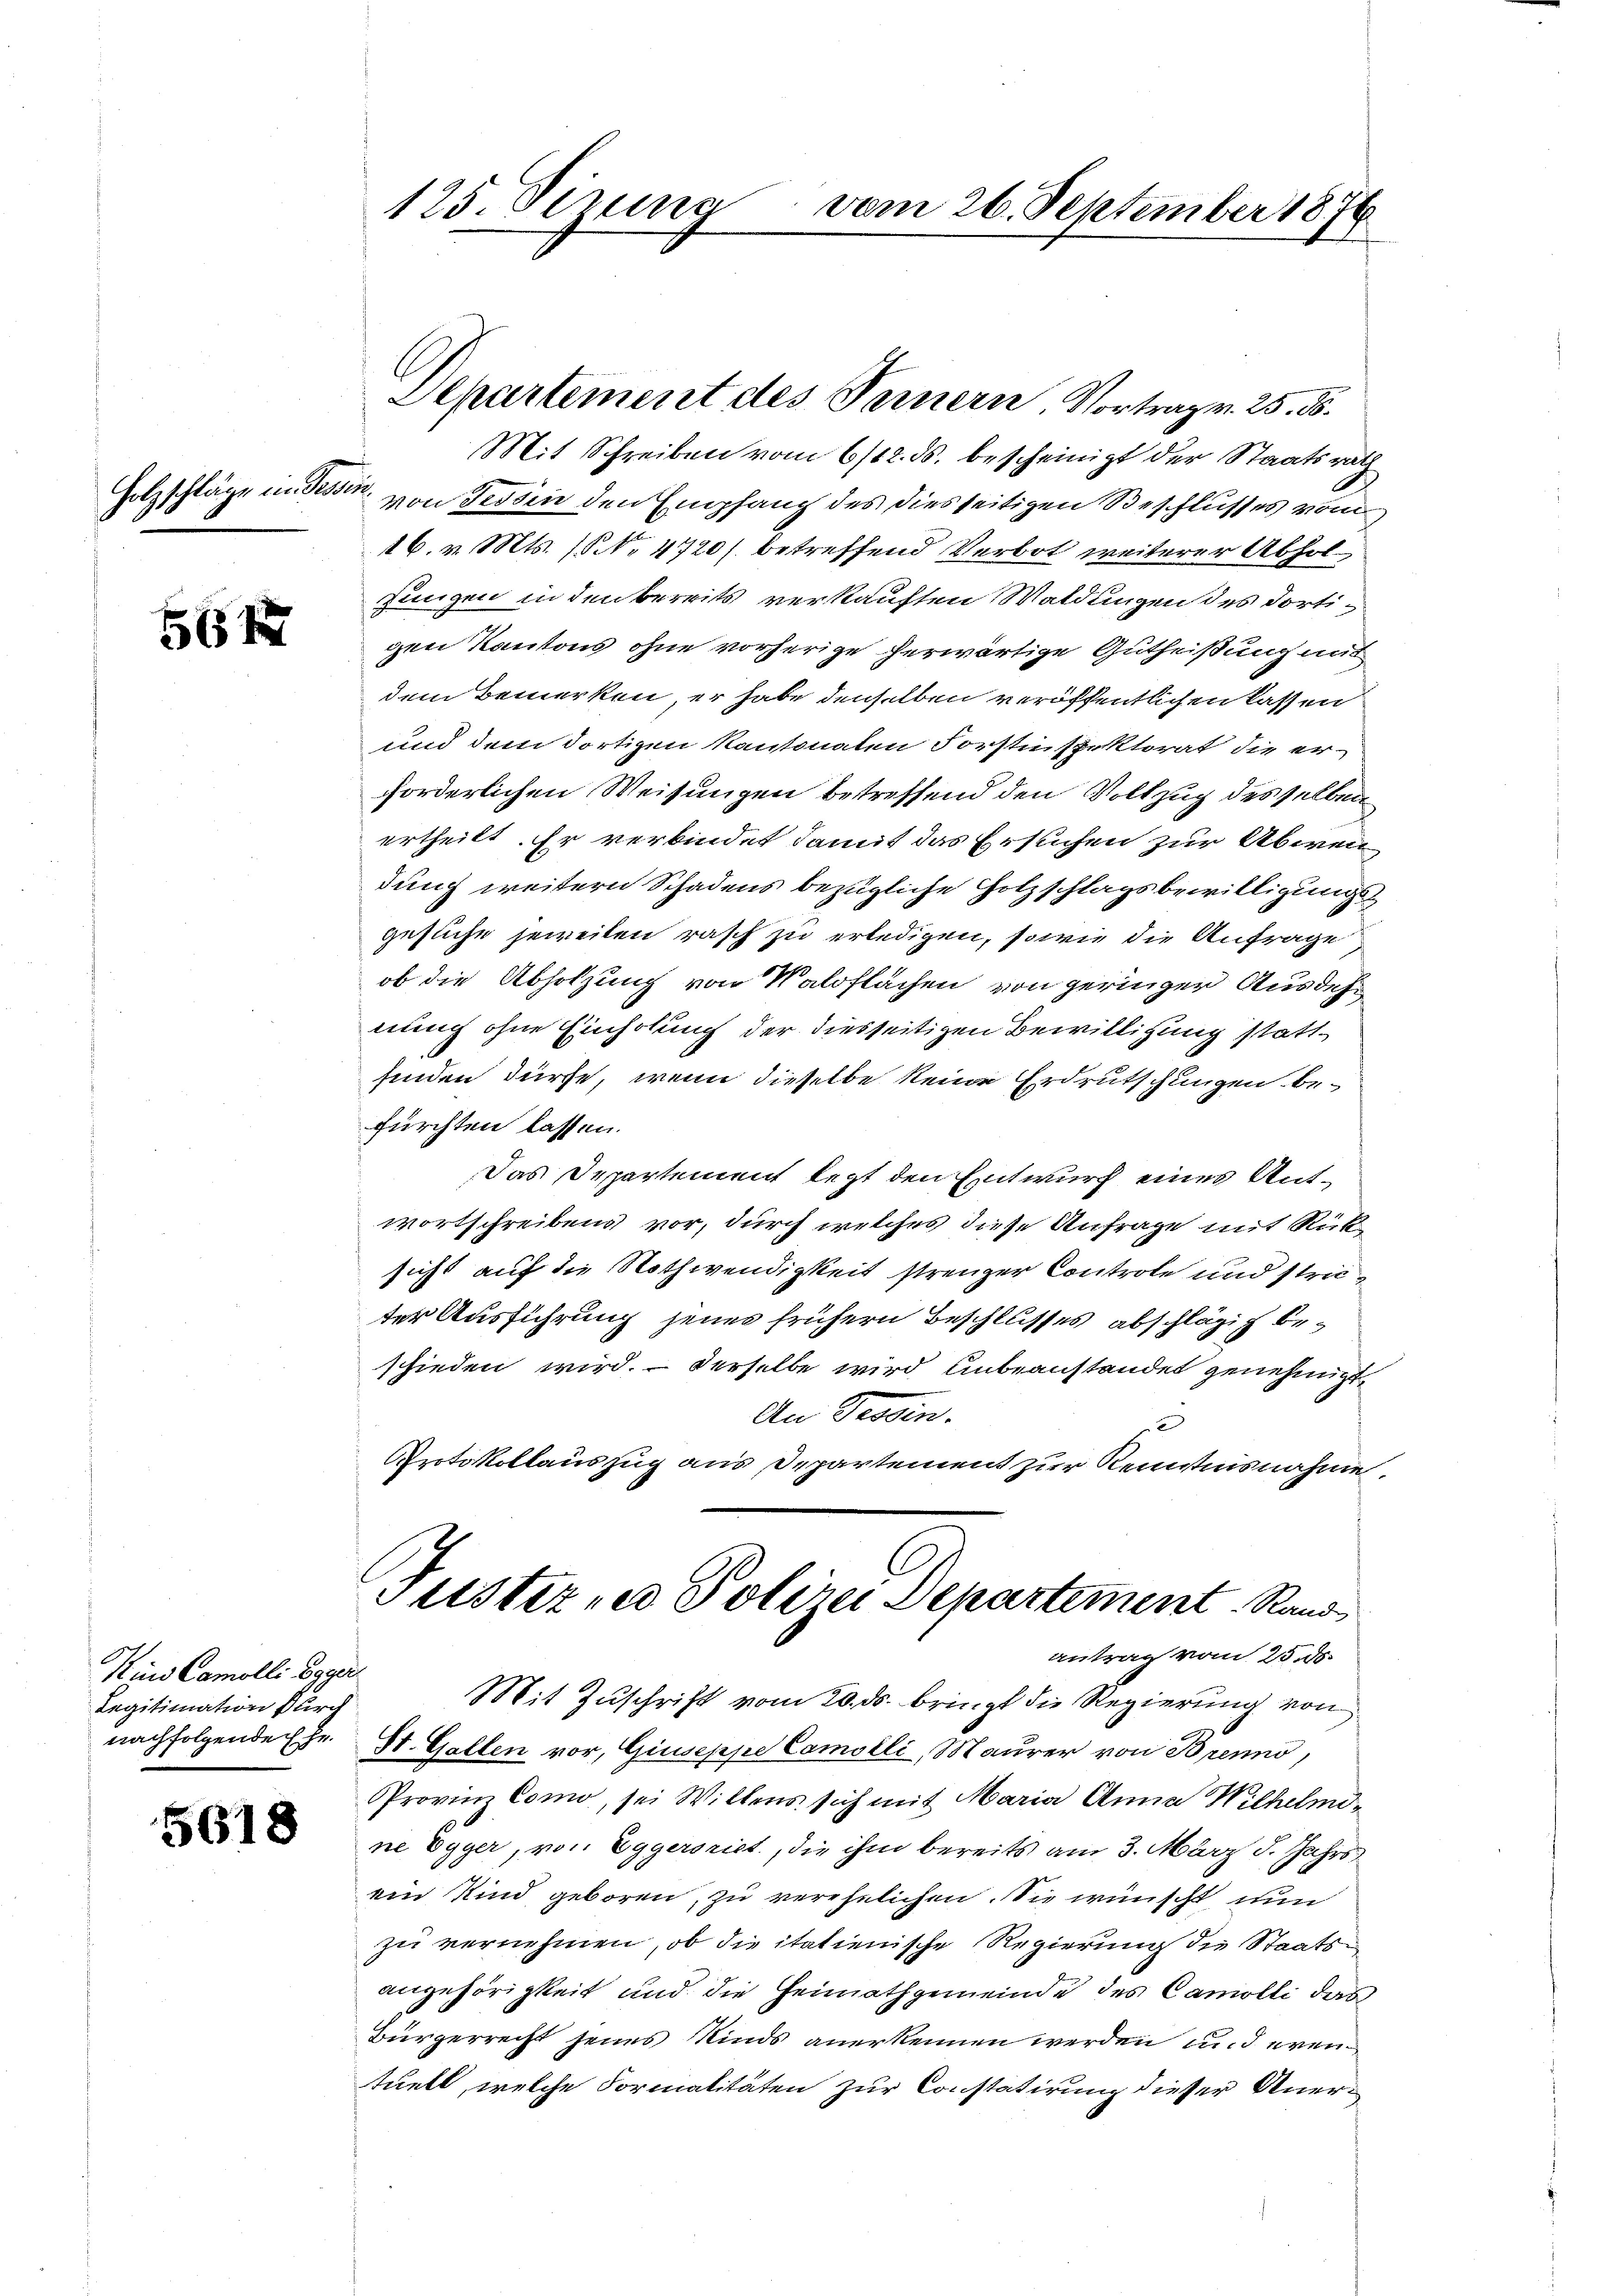
Holzschläge in Tessin¬

564

Hund Camolli Eggerl
Legitimation durch
nachfolgende Ehe

5618

Mit Schreiben vom 6/12. ds. bescheinigt der Staatsrath
von Fessen den Empfang des diesseitigen Beschlusses vom
16. v. Mts. (§ No 4720) betreffend Verbot weiterer Abhol¬
Jungen in den bereits verkauften Waldungen des dortigen Kantons ohne vorherige herwärtige Gutheißung mit
dem Bemerken, er habe denselben veröffentlichen lassen
und dem dortigen Kantonalen Forstinspektorat die erforderlichen Weisungen betreffend den Vollzug desselben
ertheilt. Er verbindet damit das Ersuchen zur Abwei
dung weitern Schadens bezügliche Hotzschlagsbewilligungsgesuche jeweiten rasch zu erledigen, sowie die Anfrage
ob die Abholzung von Waldflächen von geringer Ausdeh
nung ohne Einholung der diesseitigen Bewilligung stattfinden dürfe, wenn dieselbe keine Erdrutschungen befürchten lassen.
Das Departement legt den Entwurf eines Antwortschreibens vor, durch welches diese Anfrage mit Rücksicht auf die Nothwendigkeit strenger Controle und stricter Ausführung jenes frühern Beschlusses abschlägig beschieden wird. - Derselbe wird unbeanstandes genehmigt.
An Tessin.
6
Protokollauszug aus Departement zur Kenntnisnahme.
Justiz und Polizei Departement Rand
antrag vom 25. ds.
Mit Zuschrift vom 20. ds. bringt die Regierung von
St. Gallen vor, Giuseppe Camolli, Maurer von Brenns,
Provinz Como, sei Willens sich mit Maria Anna Wilhelmine Egger, von Eggersrict, die ihm bereits am 3. März d. Jahrs
ein Kind geboren, zu verehelichen. Sie wünscht nun
zu vernehmen, ob die itatienische Regierung die Staatsangehörigkeit und die Heimathgemeinde des Camolli das
Bürgerrecht jenes Kinds anerkennen werden und eventuell, welche Formalitäten zur Constatirung dieser Aner¬

125. Sinne

Departement des Fernern, Vortrag v. 25. d.

vom 26. September 1876